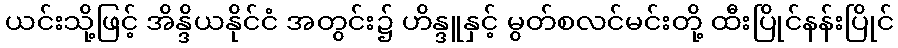
ယင်းသို့ဖြင့် အိန္ဒိယနိုင်ငံ အတွင်း၌ ဟိန္ဒူနှင့် မွတ်စလင်မင်းတို့ ထီးပြိုင်နန်းပြိုင်